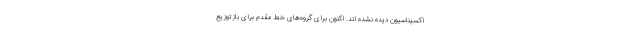
اکسیناسیون دیده نشده اند. اکنون برای گروه‌های خط مقدم برای بازتوزیع